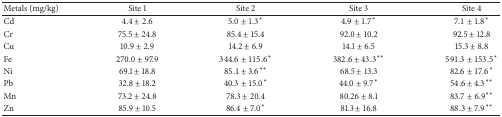
<table><thead><tr><td><b>Metals (mg/kg)</b></td><td><b>Site 1</b></td><td><b>Site 2</b></td><td><b>Site 3</b></td><td><b>Site 4</b></td></tr></thead><tbody><tr><td>Cd</td><td>4.4 ± 2.6</td><td>5.0 ± 1.3<sup><i>∗</i></sup></td><td>4.9 ± 1.7<sup><i>∗</i></sup></td><td>7.1 ± 1.8<sup><i>∗</i></sup></td></tr><tr><td>Cr</td><td>75.5 ± 24.8</td><td>85.4 ± 15.4</td><td>92.0 ± 10.2</td><td>92.5 ± 12.8</td></tr><tr><td>Cu</td><td>10.9 ± 2.9</td><td>14.2 ± 6.9</td><td>14.1 ± 6.5</td><td>15.3 ± 8.8</td></tr><tr><td>Fe</td><td>270.0 ± 97.9</td><td>344.6 ± 115.6<sup><i>∗</i></sup></td><td>382.6 ± 43.3<sup><i>∗∗</i></sup></td><td>591.3 ± 153.5<sup><i>∗</i></sup></td></tr><tr><td>Ni</td><td>69.1 ± 18.8</td><td>85.1 ± 3.6<sup><i>∗∗</i></sup></td><td>68.5 ± 13.3</td><td>82.6 ± 17.6<sup><i>∗</i></sup></td></tr><tr><td>Pb</td><td>32.8 ± 18.2</td><td>40.3 ± 15.0<sup><i>∗</i></sup></td><td>44.0 ± 9.7<sup><i>∗</i></sup></td><td>54.6 ± 4.3<sup><i>∗∗</i></sup></td></tr><tr><td>Mn</td><td>73.2 ± 24.8</td><td>78.3 ± 20.4</td><td>80.26 ± 8.1</td><td>83.7 ± 6.9<sup><i>∗∗</i></sup></td></tr><tr><td>Zn</td><td>85.9 ± 10.5</td><td>86.4 ± 7.0<sup><i>∗</i></sup></td><td>81.3 ± 16.8</td><td>88.3 ± 7.9<sup><i>∗∗</i></sup></td></tr></tbody></table>